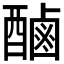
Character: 𮠾